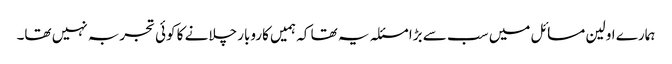
ہمارے اولین مسائل میں سب سے بڑا مسئلہ یہ تھا کہ ہمیں کاروبار چلانے کا کوئی تجربہ نہیں تھا۔